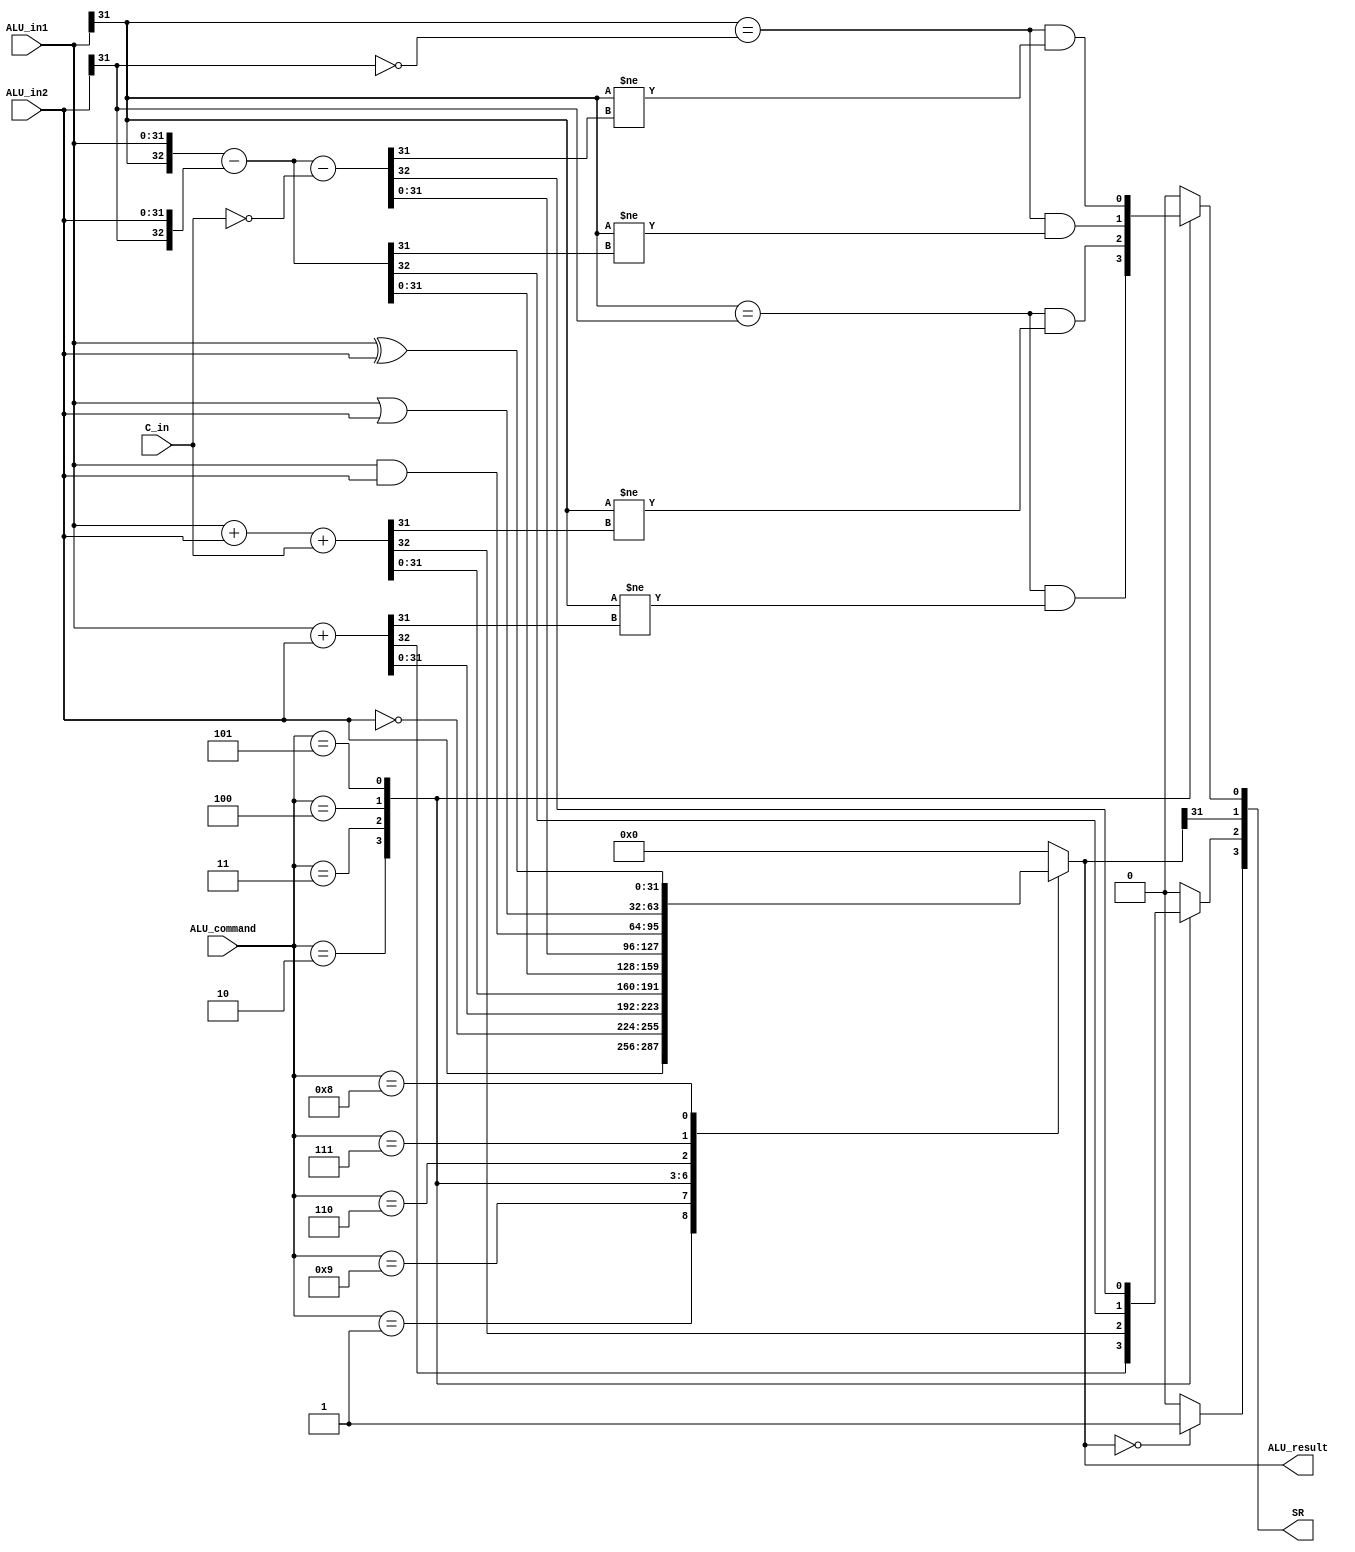
`timescale 1ns/1ns

module ALU(
	input signed [31:0] ALU_in1, ALU_in2, 
	input C_in,
	input [3:0] ALU_command,
	output wire [3:0] SR,
	output reg [31:0] ALU_result
);
	
    parameter [3:0] MOV = 4'b0001; 
    parameter [3:0] MVN = 4'b1001; 
    parameter [3:0] ADD = 4'b0010; 
    parameter [3:0] ADC = 4'b0011; 
	parameter [3:0] SUB = 4'b0100; 
	parameter [3:0] SBC = 4'b0101; 
	parameter [3:0] AND = 4'b0110; 
	parameter [3:0] ORR = 4'b0111; 
	parameter [3:0] EOR = 4'b1000; 
	parameter [3:0] CMP = 4'b0100; 
	parameter [3:0] TST = 4'b0110; 
	parameter [3:0] LDR = 4'b0010; 
	parameter [3:0] STR = 4'b0010; 

	wire Z, N;
	reg C_out, V;

	assign SR = {Z, C_out, N, V};

	assign Z = (ALU_result == 32'b0) ? 1'b1 : 1'b0;
	assign N = ALU_result[31];

	  
	always @(ALU_command, ALU_in1, ALU_in2) begin
		    
		{ALU_result, C_out, V} = 34'b0; 

		case (ALU_command) 
			MOV: ALU_result = ALU_in2;
			MVN: ALU_result = ~ALU_in2;
			ADD: begin 	
				{C_out, ALU_result} = ALU_in1 + ALU_in2;
				V = (ALU_in1[31] == ALU_in2[31]) & (ALU_in1[31] != ALU_result[31]);
			end
			ADC: begin 	
				{C_out, ALU_result} = ALU_in1 + ALU_in2 + {32'b0, C_in};
				V = (ALU_in1[31] == ALU_in2[31]) & (ALU_in1[31] != ALU_result[31]);
			end
			SUB: begin 	
				{C_out, ALU_result} = {ALU_in1[31], ALU_in1} - {ALU_in2[31], ALU_in2};
				V = (ALU_in1[31] == ~ALU_in2[31]) & (ALU_in1[31] != ALU_result[31]);
			end
			SBC: begin 	
				{C_out, ALU_result} = {ALU_in1[31], ALU_in1} - {ALU_in2[31], ALU_in2} -  {32'b0, ~C_in};
				V = (ALU_in1[31] == ~ALU_in2[31]) & (ALU_in1[31] != ALU_result[31]);
			end
			AND: ALU_result = ALU_in1 & ALU_in2;
	    	ORR: ALU_result = ALU_in1 | ALU_in2;
	    	EOR: ALU_result = ALU_in1 ^ ALU_in2;
			CMP: begin 	
				{C_out, ALU_result} = {ALU_in1[31], ALU_in1} - {ALU_in2[31], ALU_in2};
				V = (ALU_in1[31] == ~ALU_in2[31]) & (ALU_in1[31] != ALU_result[31]);
			end			
			TST: ALU_result = ALU_in1 & ALU_in2;
			LDR: begin 	
				{C_out, ALU_result} = ALU_in1 + ALU_in2;
				V = (ALU_in1[31] == ALU_in2[31]) & (ALU_in1[31] != ALU_result[31]);
			end
			STR: begin
				{C_out, ALU_result} = ALU_in1 + ALU_in2;
				V = (ALU_in1[31] == ALU_in2[31]) & (ALU_in1[31] != ALU_result[31]);
			end
	  	endcase
	end
	
endmodule